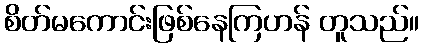
စိတ်မကောင်းဖြစ်နေကြဟန် တူသည်။